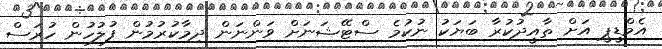
އެމްޑީޕީ އަށް ތާއީދުކުރާ ބަޔަކު ނުކުމެ ސްޓޭޝަނަށް ވަންނަން ދިމާކުރުމުން ފުލުހުން ހުރަސް